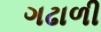
ગઢાળી